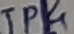
Text: JP4